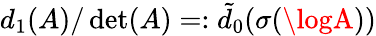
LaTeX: d_{1}(A)/\operatorname*{d\mathrm{e}t}(A)=:\tilde{{d}}_{0}(\sigma(\logA))